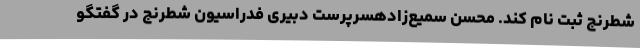
شطرنج ثبت نام کند. محسن سمیع‌زادهسرپرست دبیری فدراسیون شطرنج در گفتگو